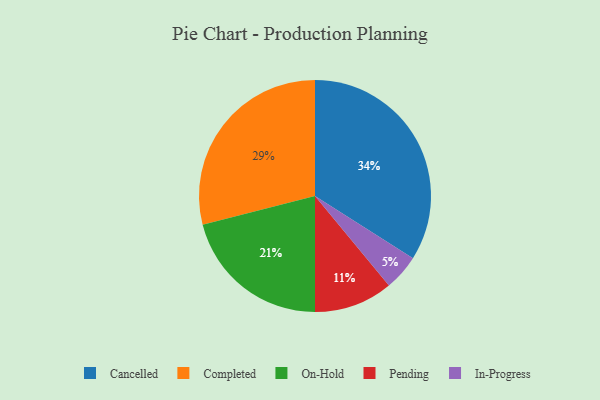
{"axis": {"x": "Category", "y": "Percentage"}, "legend": ["Cancelled", "Completed", "In-Progress", "On-Hold", "Pending"], "data": [{"x": "On-Hold", "y": 21, "type": "On-Hold"}, {"x": "Pending", "y": 11, "type": "Pending"}, {"x": "Cancelled", "y": 34, "type": "Cancelled"}, {"x": "In-Progress", "y": 5, "type": "In-Progress"}, {"x": "Completed", "y": 29, "type": "Completed"}]}